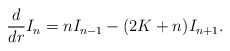
\begin{align*}\frac{d}{dr}I_n = nI_{n-1}-(2K+n)I_{n+1}.\end{align*}